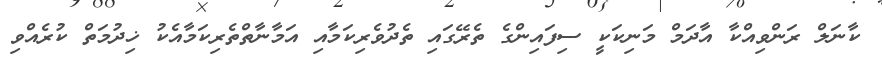
ކާނަލް ރަންވިއްކާ އާދަމް މަނިކަކީ ސިފައިންގެ ތެރޭގައި ތެދުވެރިކަމާއި އަމާނާތްތެރިކަމާއެކު ޚިދުމަތް ކުރެއްވި